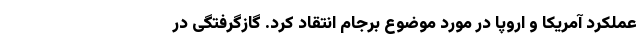
عملکرد آمریکا و اروپا در مورد موضوع برجام انتقاد کرد. گازگرفتگی در